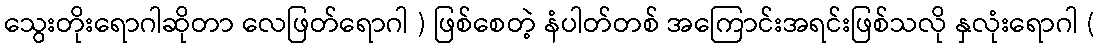
သွေးတိုးရောဂါဆိုတာ လေဖြတ်ရောဂါ ) ဖြစ်စေတဲ့ နံပါတ်တစ် အကြောင်းအရင်းဖြစ်သလို နှလုံးရောဂါ (